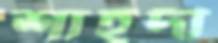
শাহদী